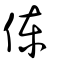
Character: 倲